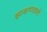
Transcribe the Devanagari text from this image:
झाकणाखाली